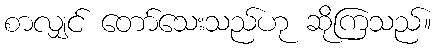
စာလျှင် တော်သေးသည်ဟု ဆိုကြသည်။